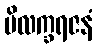
ပိလက္ခရဇနံ